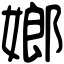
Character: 嫏